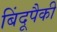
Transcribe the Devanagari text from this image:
बिंदूपैकी